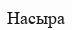
Насыра